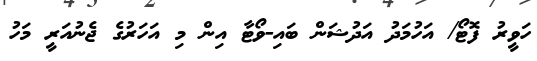
ހަވީރު ފޮޓޯ/ އަހުމަދު އަދުޝަން ބައި-ވޯޓާ އިން މި އަހަރުގެ ޖެނުއަރީ މަހު